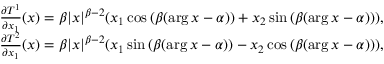
\begin{array} { r } { \frac { \partial T ^ { 1 } } { \partial x _ { 1 } } ( x ) = \beta | x | ^ { \beta - 2 } ( x _ { 1 } \cos { ( \beta ( \arg x - \alpha ) ) } + x _ { 2 } \sin { ( \beta ( \arg x - \alpha ) ) } ) , } \\ { \frac { \partial T ^ { 2 } } { \partial x _ { 1 } } ( x ) = \beta | x | ^ { \beta - 2 } ( x _ { 1 } \sin { ( \beta ( \arg x - \alpha ) ) } - x _ { 2 } \cos { ( \beta ( \arg x - \alpha ) ) } ) , } \end{array}